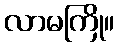
လာမကြို။